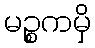
မဉ္စကမှိ